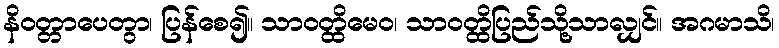
နိဝတ္တာပေတွာ၊ ပြန်စေ၍။ သာဝတ္ထိမေဝ၊ သာဝတ္ထိပြည်သို့သာလျှင်။ အဂမာသိ၊